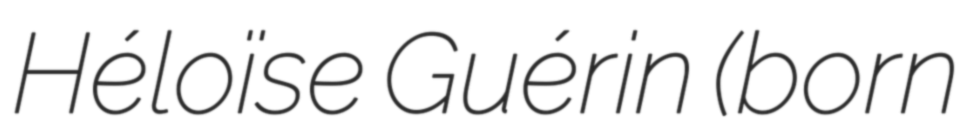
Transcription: Héloïse Guérin (born